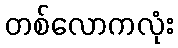
တစ်လောကလုံး